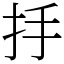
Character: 抙